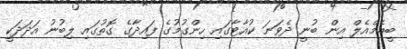
ބީއެމްއެލް އިން ބުނީ ދެވަނަ ކުއާޓާގައި ހިންގުމުގެ ފައިދާގެ ގޮތުގައި ލިބުނު އަދަދަކީ